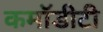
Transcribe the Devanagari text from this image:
कमॉडीटी